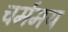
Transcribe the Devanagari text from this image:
चर्ममय